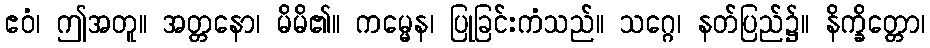
ဧဝံ၊ ဤအတူ။ အတ္တနော၊ မိမိ၏။ ကမ္မေန၊ ပြုခြင်းကံသည်။ သဂ္ဂေ၊ နတ်ပြည်၌။ နိက္ခိတ္တော၊